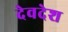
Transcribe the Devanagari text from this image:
देवदेश